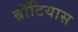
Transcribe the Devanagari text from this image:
ब्रॉटियास